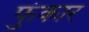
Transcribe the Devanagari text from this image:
फुंकार